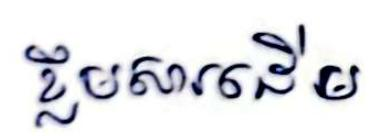
ខ្លឹមសារដើម